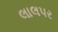
લાલપર